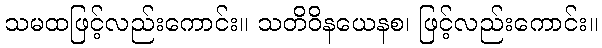
သမထဖြင့်လည်းကောင်း။ သတိဝိနယေနစ၊ ဖြင့်လည်းကောင်း။